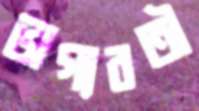
ভাগ্যবতী